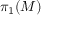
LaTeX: \pi _ { 1 } ( M )